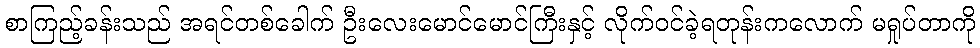
စာကြည့်ခန်းသည် အရင်တစ်ခေါက် ဦးလေးမောင်မောင်ကြီးနှင့် လိုက်ဝင်ခဲ့ရတုန်းကလောက် မရှုပ်တာကို